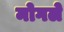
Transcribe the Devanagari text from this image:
मोगले